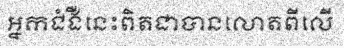
អ្នកជំងឺនេះពិតជាបានលោតពីលើ